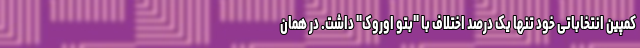
کمپین انتخاباتی خود تنها یک درصد اختلاف با "بتو اوروک" داشت. در همان